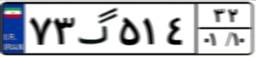
۷۳گ۵۱۴۳۲